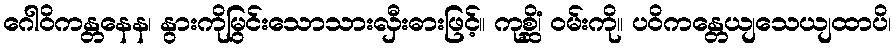
ဂေါဝိကန္တနေန၊ နွားကိုမြွင်းသောသားလှီးဓားဖြင့်။ ကုစ္ဆိံ၊ ဝမ်းကို။ ပဝိကန္တေယျသေယျထာပိ၊